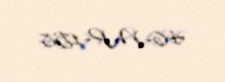
46-MP-158